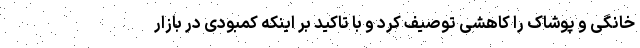
خانگی و پوشاک را کاهشی توصیف کرد و با تاکید بر اینکه کمبودی در بازار